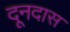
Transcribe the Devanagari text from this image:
दूनदास